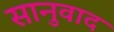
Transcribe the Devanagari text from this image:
सानुवाद